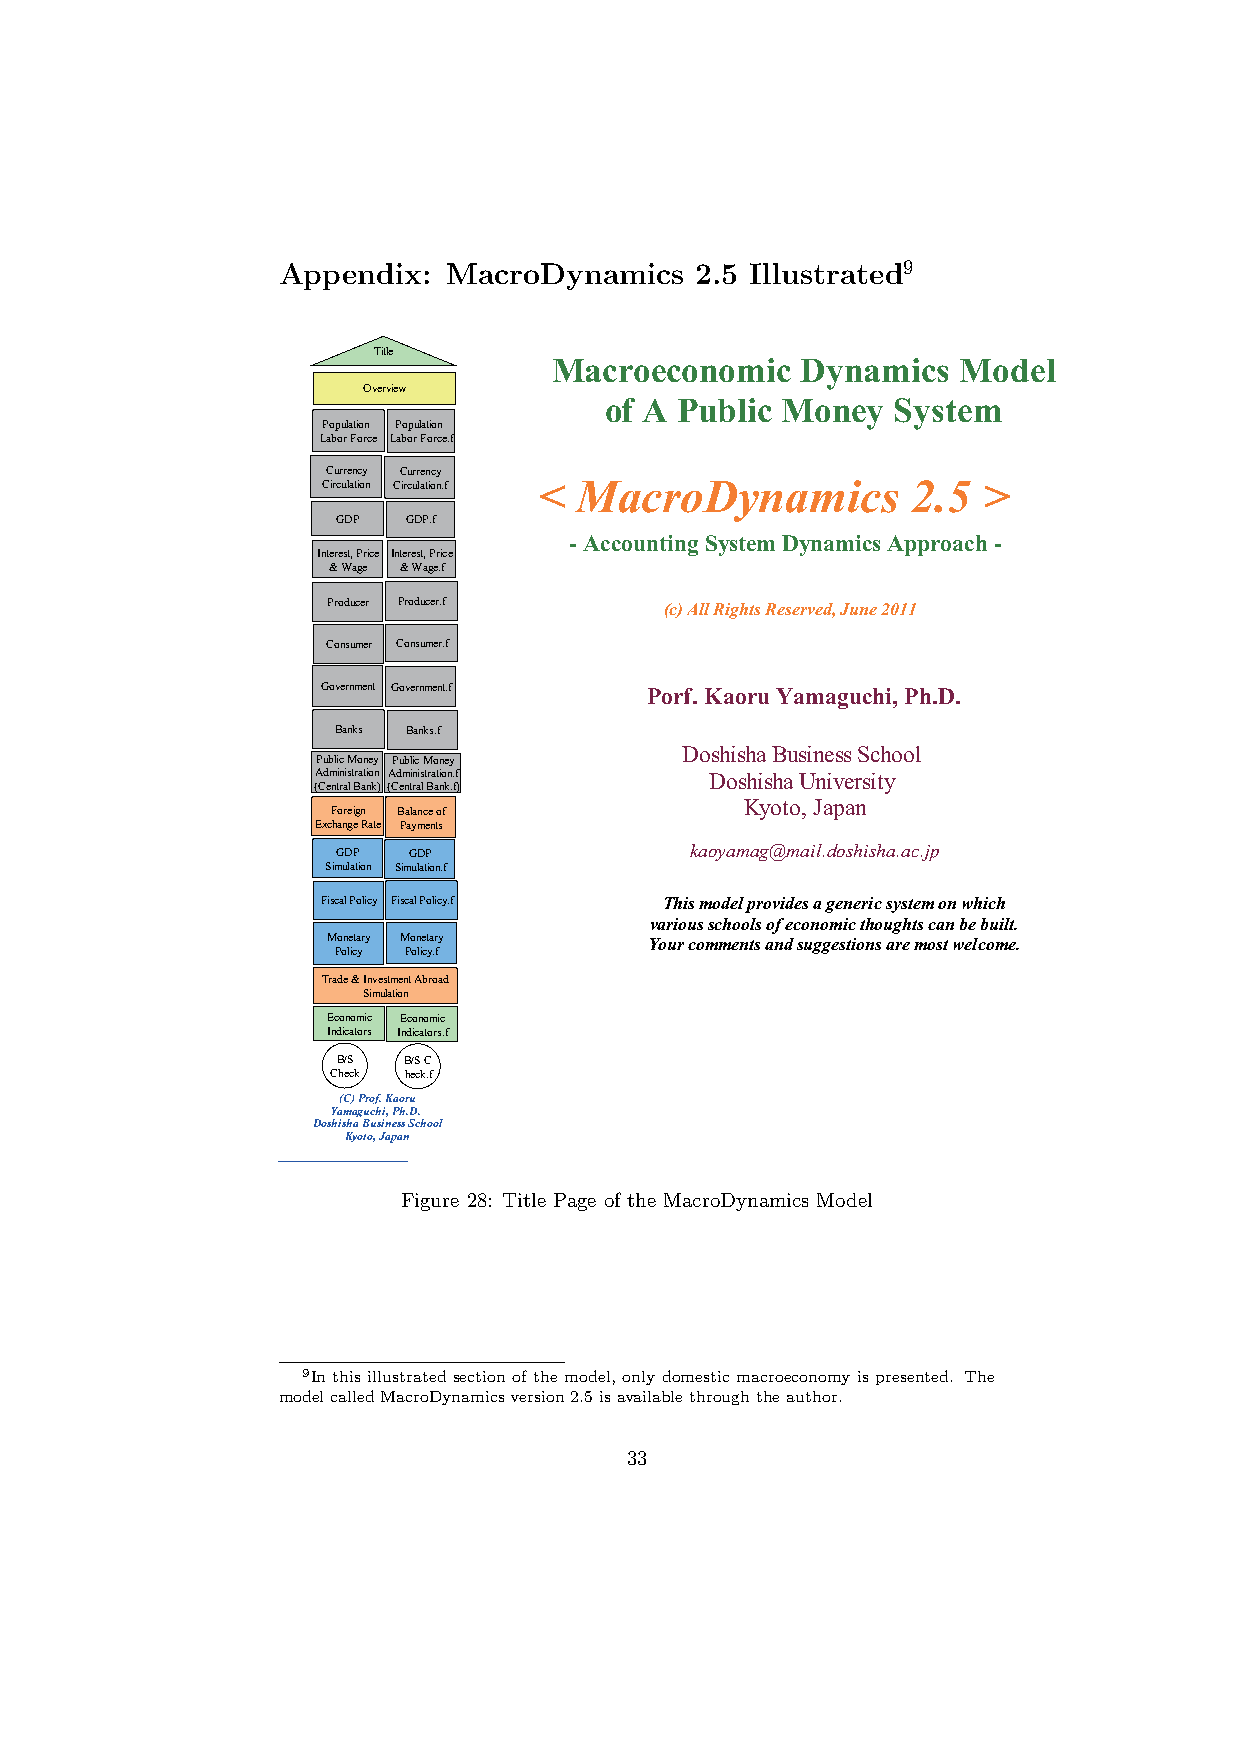
Appendix:   MacroDynamics   2.5 Illustrated9
 Title
 Macroeconomic   Dynamics  Model
 Overview
 of A Public Money  System
 Population Population
 Labor Force Labor Force.f
 Currency Currency
 Circulation Circulation.f < MacroDynamics 2.5 >
 GDP  GDP.f
 - Accounting System Dynamics Approach -
 Interest, Price Interest, Price
 & Wage & Wage.f
 Producer Producer.f   (c) All Rights Reserved, June 2011
 Consumer Consumer.f
 Government Government.f Porf. Kaoru Yamaguchi, Ph.D.
 Banks Banks.f
 Doshisha Business School
 Public Money Public Money
 Administration Administration.f Doshisha University
 (Central Bank) (Central Bank.f)
 Kyoto, Japan
 Foreign Balance of
 Exchange Rate Payments
 GDP  GDP                kaoyamag@mail.doshisha.ac.jp
 Simulation Simulation.f
 Fiscal Policy Fiscal Policy.f This model provides a generic system on which
 various schools of economic thoughts can be built.
 Monetary Monetary    Your comments and suggestions are most welcome.
 Policy Policy.f
 Trade & Investment Abroad
 Simulation
 Economic Economic
 Indicators Indicators.f
 B/S  B/S C
 Check heck.f
 (C) Prof. Kaoru
 Yamaguchi, Ph.D.
 Doshisha Business School
 Kyoto, Japan
 Figure 28: Title Page of the MacroDynamics Model
 9In this illustrated section of the model, only domestic macroeconomy is presented. The
 modelcalledMacroDynamicsversion2.5isavailablethroughtheauthor.
 33